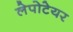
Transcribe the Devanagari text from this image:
लेपोटेयर